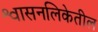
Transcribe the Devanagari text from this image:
श्वासनलिकेतील